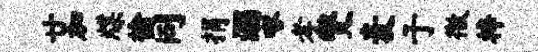
廿加牒榆同捐溺啄孝燮麦于徼梓